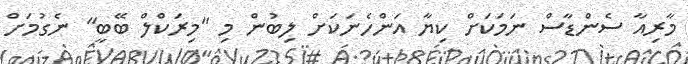
މާރިއާ ސެންޑާސް ނަމަކަށް ކިޔާ އަންހެނަކަށް ލިބުން މި "މިރަކްލް ބޭބީ" ނެގުމަށް